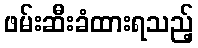
ဖမ်းဆီးခံထားရသည့်